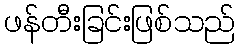
ဖန်တီးခြင်းဖြစ်သည်